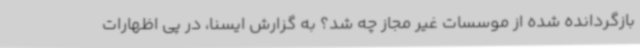
بازگردانده شده از موسسات غیر مجاز چه شد؟ به گزارش ایسنا، در پی اظهارات